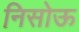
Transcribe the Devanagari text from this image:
निसोऊ